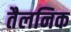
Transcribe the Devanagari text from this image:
तैलनिक